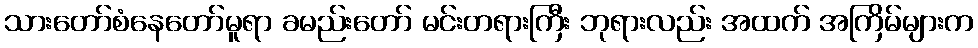
သားတော်စံနေတော်မူရာ ခမည်းတော် မင်းတရားကြီး ဘုရားလည်း အထက် အကြိမ်များက